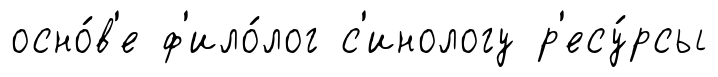
осно́в'е ф'ило́лог с'инологу р'есу́рсы